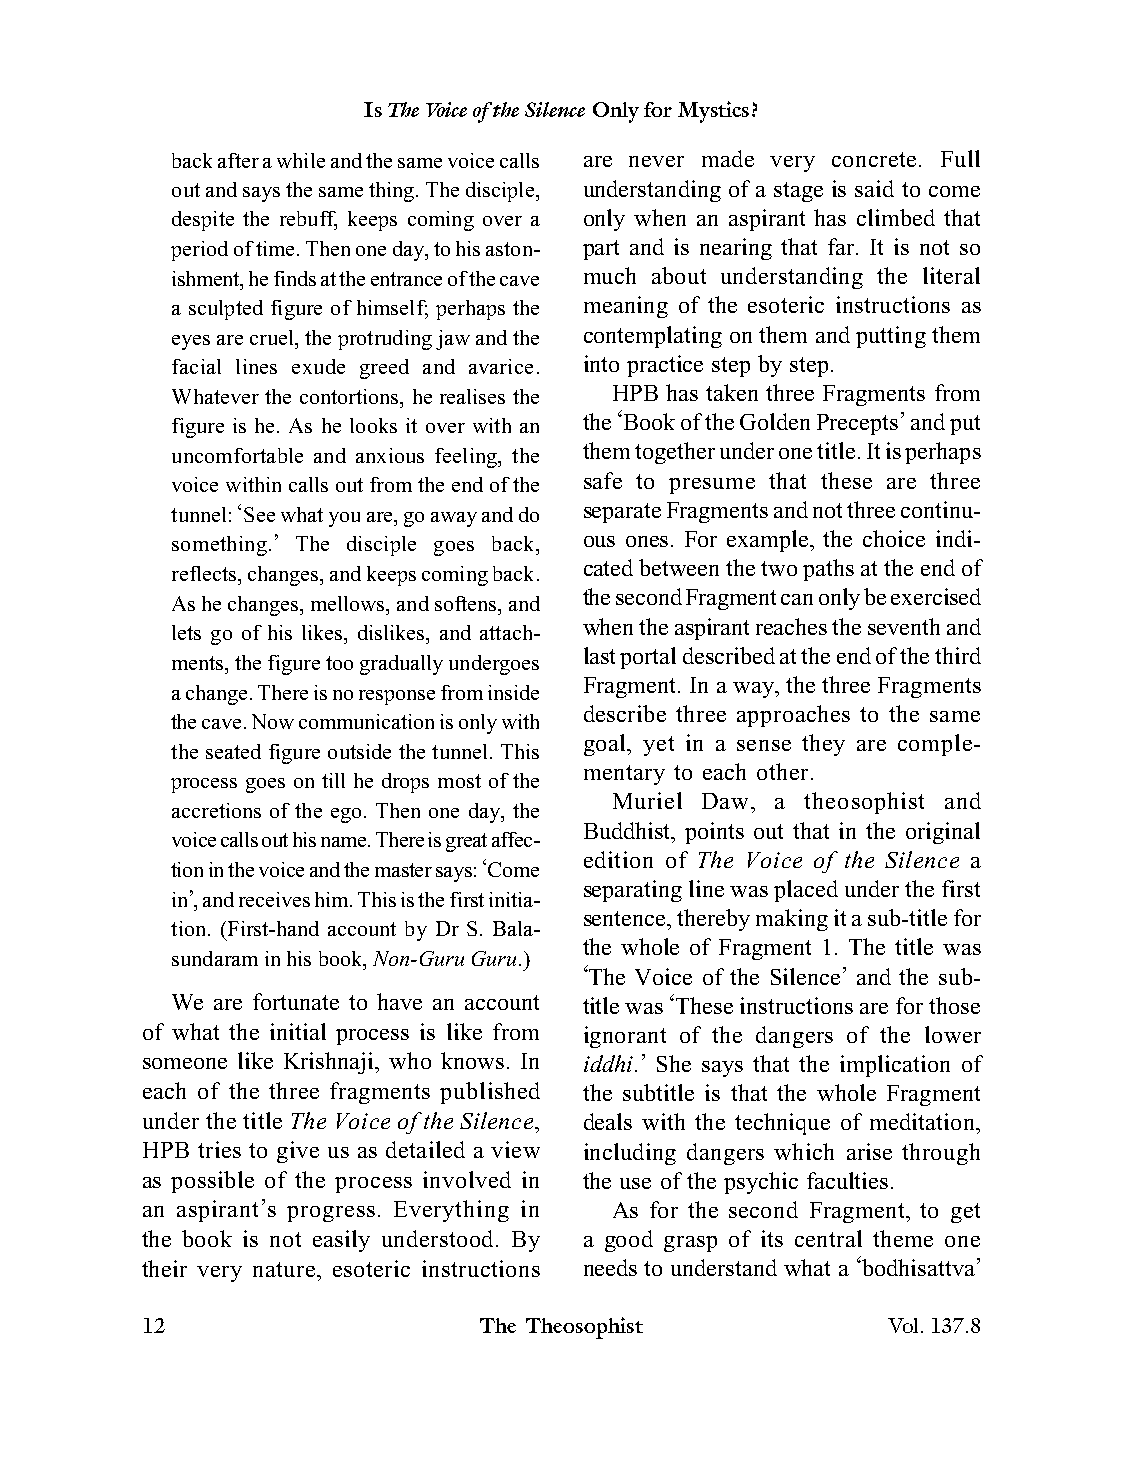
Is The Voice of the Silence Only for Mystics?
 back after a while and the same voice calls are never made very concrete. Full
 out and says the same thing. The disciple, understanding of a stage is said to come
 despite the rebuff, keeps coming over a only when an aspirant has climbed that
 period of time. Then one day, to his aston- part and is nearing that far. It is not so
 ishment, he finds at the entrance of the cave much about understanding the literal
 a sculpted figure of himself; perhaps the meaning of the esoteric instructions as
 eyes are cruel, the protruding jaw and the contemplating on them and putting them
 facial lines exude greed and avarice. into practice step by step.
 Whatever the contortions, he realises the HPB has taken three Fragments from
 figure is he. As he looks it over with an the ‘Book of the Golden Precepts’ and put
 uncomfortable and anxious feeling, the them together under one title. It is perhaps
 voice within calls out from the end of the safe to presume that these are three
 tunnel: ‘See what you are, go away and do separate Fragments and not three continu-
 something.’ The disciple goes back, ous ones. For example, the choice indi-
 cated between the two paths at the end of
 reflects, changes, and keeps coming back.
 the second Fragment can only be exercised
 As he changes, mellows, and softens, and
 when the aspirant reaches the seventh and
 lets go of his likes, dislikes, and attach-
 last portal described at the end of the third
 ments, the figure too gradually undergoes
 Fragment. In a way, the three Fragments
 a change. There is no response from inside
 describe three approaches to the same
 the cave. Now communication is only with
 goal, yet in a sense they are comple-
 the seated figure outside the tunnel. This
 mentary to each other.
 process goes on till he drops most of the
 Muriel Daw, a theosophist and
 accretions of the ego. Then one day, the
 Buddhist, points out that in the original
 voice calls out his name. There is great affec-
 edition of The Voice of the Silence a
 tion in the voice and the master says: ‘Come
 separating line was placed under the first
 in’, and receives him. This is the first initia-
 sentence, thereby making it a sub-title for
 tion. (First-hand account by Dr S. Bala-
 the whole of Fragment 1. The title was
 sundaram in his book, Non-Guru Guru.)
 ‘The Voice of the Silence’ and the sub-
 We are fortunate to have an account title was ‘These instructions are for those
 of what the initial process is like from ignorant of the dangers of the lower
 someone like Krishnaji, who knows. In iddhi.’ She says that the implication of
 each of the three fragments published the subtitle is that the whole Fragment
 under the title The Voice of the Silence, deals with the technique of meditation,
 HPB tries to give us as detailed a view including dangers which arise through
 as possible of the process involved in the use of the psychic faculties.
 an aspirant’s progress. Everything in As for the second Fragment, to get
 the book is not easily understood. By a good grasp of its central theme one
 their very nature, esoteric instructions needs to understand what a ‘bodhisattva’
 12                     The Theosophist            Vol.137.8